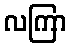
လကြာ